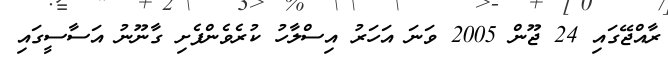
ރާއްޖޭގައި 24 ޖޫން 2005 ވަނަ އަހަރު އިސްލާހު ކުރެވެންފެށި ގާނޫނު އަސާސީގައި